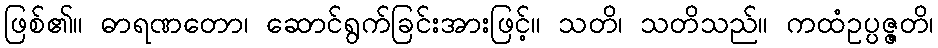
ဖြစ်၏။ ဓာရဏတော၊ ဆောင်ရွက်ခြင်းအားဖြင့်။ သတိ၊ သတိသည်။ ကထံဥပ္ပဇ္ဇတိ၊